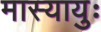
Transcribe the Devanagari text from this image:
मास्यायुः